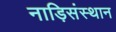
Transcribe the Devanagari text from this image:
नाड़िसंस्थान